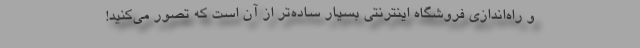
و راه‌اندازی فروشگاه اینترنتی بسیار ساده‌تر از آن است که تصور می‌کنید!